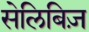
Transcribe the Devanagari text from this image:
सेलिबिज़